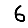
Digit: 6